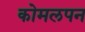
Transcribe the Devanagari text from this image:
कोमलपन